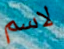
لاسم